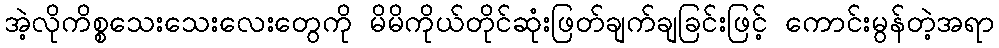
အဲ့လိုကိစ္စသေးသေးလေးတွေကို မိမိကိုယ်တိုင်ဆုံးဖြတ်ချက်ချခြင်းဖြင့် ကောင်းမွန်တဲ့အရာ